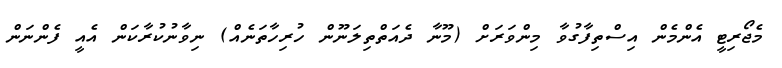
މެޖޯރިޓީ އެންމެން އިސްތިފާގުވާ މިންވަރަށް (މޫނާ ދެއަތްތިލަނޫން ހުރިހާތަނެއް) ނިވާނުކުރާކަން އެއީ ފެންނަން